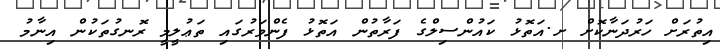
އިތުރަށް ހަރުދަނާކޮށް ށ.އަތޮޅު ކައުންސިލްގެ ފަރާތުން އަތޮޅު ފެންވަރުގައި ތަޢުލީމީ ރޮނގުތަކުން އިނާމު